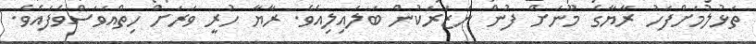
ތަޅުލުމަށްފަހު ރާޔާގެ މޫނަށް ފުން ނަޒަރަކުން ބަލައިލިއެވެ. ރާޔާ ހުރީ ވަރަށް ހިތްއަވަސްވެފައެވެ.